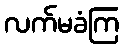
လက်မခံကြ